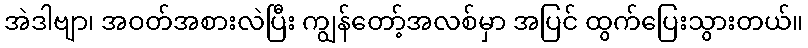
အဲဒါဗျာ၊ အဝတ်အစားလဲပြီး ကျွန်တော့်အလစ်မှာ အပြင် ထွက်ပြေးသွားတယ်။